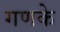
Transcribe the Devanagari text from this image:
गणके